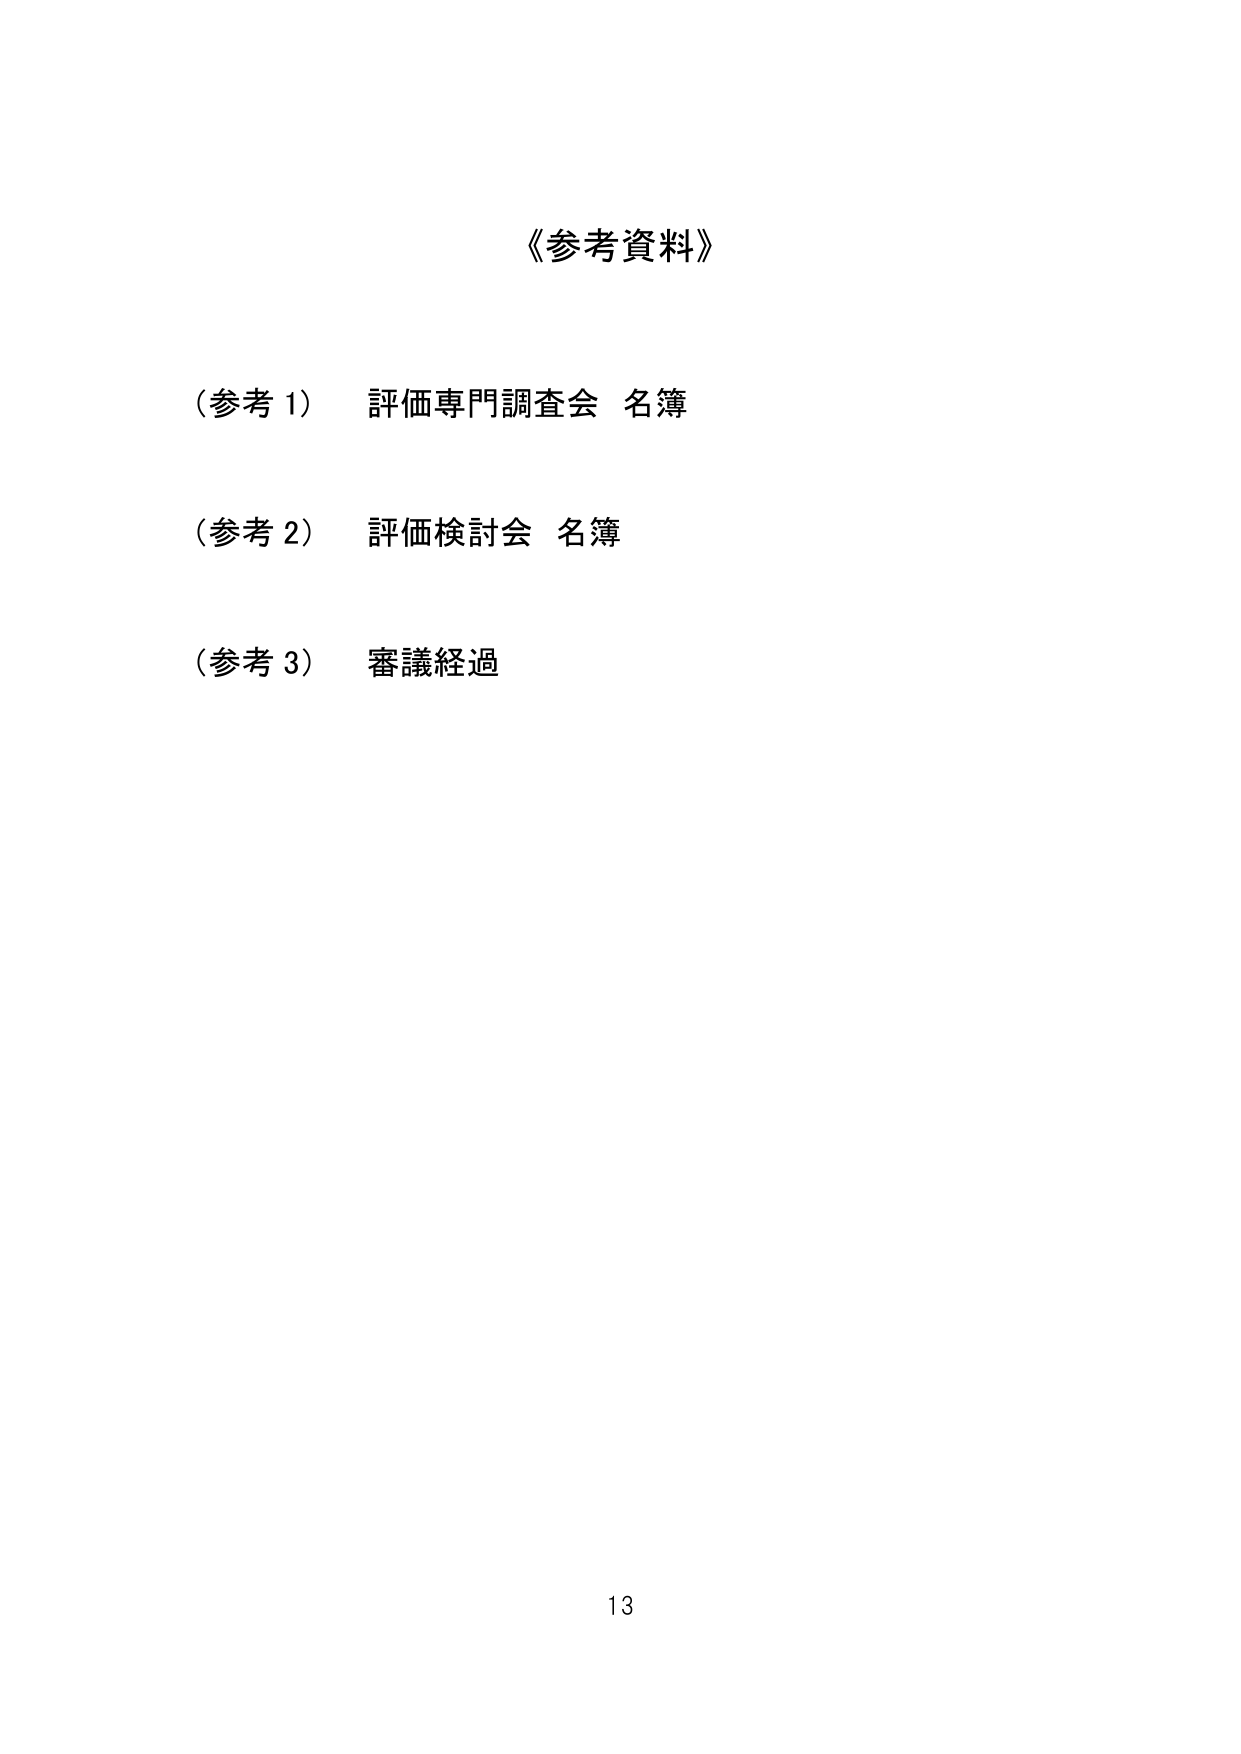
《参考資料》

（参考 1） 評価専門調査会 名簿

（参考 2） 評価検討会 名簿

（参考 3） 審議経過

13